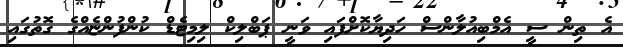
އެ ތިން ސީ އެމްބިއުލާންސް ހަދިޔާކޮށްފައި ވަނީ ޕަބްލިކް ލިމިޓެޑް ކުންފުންޏެއްގެ ގޮތުގައި